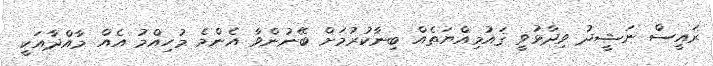
ރައީސް ނަޝީދު ވިދާޅުވީ ޤައުމިއްޔަތެއް ބިނާކުރުމަށް ބޭނުންވާ އެންމެ މުހިއްމު އެއް މާއްދާއަކީ